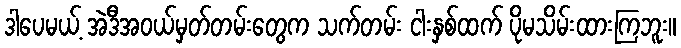
ဒါပေမယ့် အဲဒီအဝယ်မှတ်တမ်းတွေက သက်တမ်း ငါးနှစ်ထက် ပိုမသိမ်းထားကြဘူး။